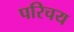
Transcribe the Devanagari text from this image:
परिचय